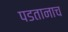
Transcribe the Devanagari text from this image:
पडतानाच